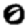
Digit: 0